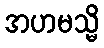
အဟမသ္မိ